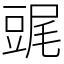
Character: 䜸